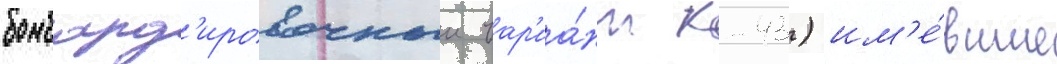
бомбард'ировочныи вар'иа́нт к-43) им'е́вшие